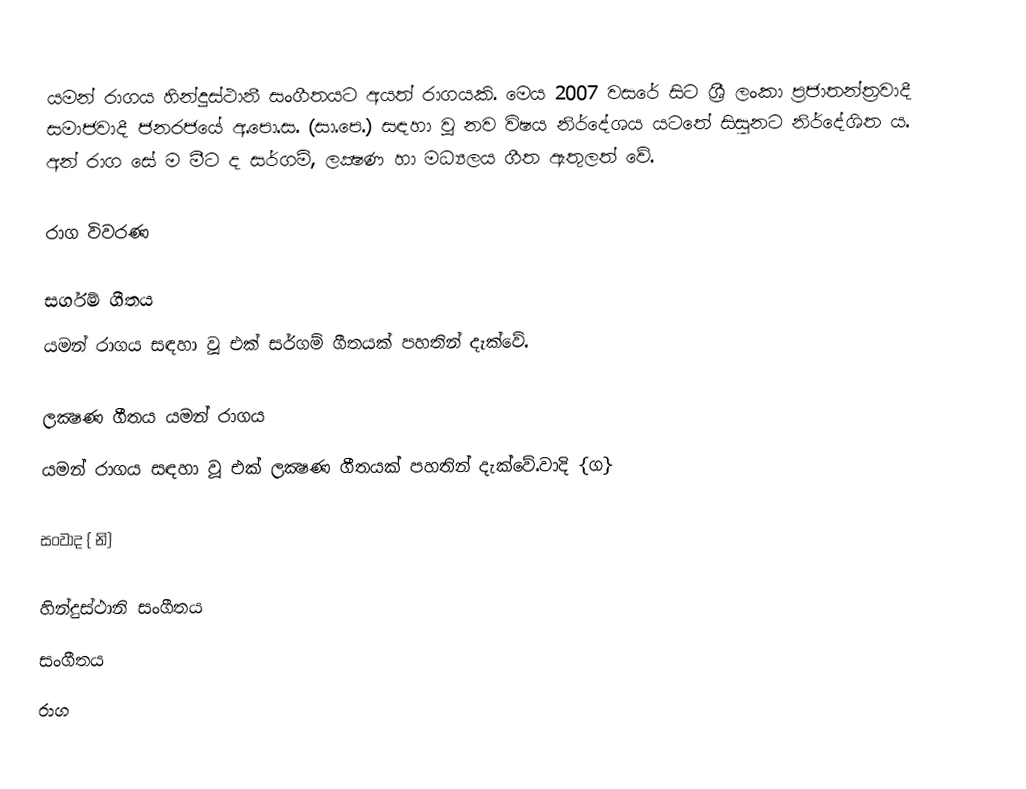
යමන් රාගය හින්දුස්ථානී සංගීතයට අයත් රාගයකි. මෙය 2007 වසරේ සිට ශ්‍රී ලංකා ප්‍රජාතන්ත්‍රවාදී සමාජවාදී ජනරජයේ අ.පො.ස. (සා.පෙ.) සඳහා වූ නව විෂය නිර්දේශය යටතේ සිසුනට නිර්දේශිත ය. අන් රාග සේ ම මීට ද සර්ගම්, ලක්‍ෂණ හා මධ්‍යලය ගීත ඇතුලත් වේ.

රාග විවරණ

සර්ගම් ගීතය
යමන් රාගය සඳහා වූ එක් සර්ගම් ගීතයක් පහතින් දැක්වේ.

ලක්‍ෂණ ගීතය යමන් රාගය
යමන් රාගය සඳහා වූ එක් ලක්‍ෂණ ගීතයක් පහතින් දැක්වේ.වාදි {ග}

සංවාද { නි}

හින්දුස්ථානි සංගීතය
සංගීතය
රාග